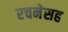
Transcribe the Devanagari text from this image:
रचनेसह